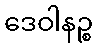
ဒေဝါနဉ္စ